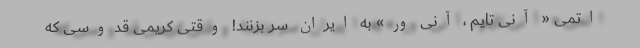
اتمی « آنی تایم ، آنی وِر» به ایران سر بزنند! وقتی کریمی قدوسی که